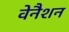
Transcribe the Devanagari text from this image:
वेनैशन